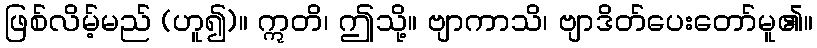
ဖြစ်လိမ့်မည် (ဟူ၍)။ ဣတိ၊ ဤသို့။ ဗျာကာသိ၊ ဗျာဒိတ်ပေးတော်မူ၏။